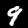
Label: 9